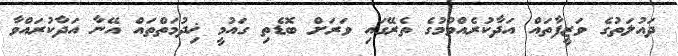
ދައުލަތުގެ ވަޒީފާތައް އަދާކުރެއްވުމުގެ ތެރޭގައި ވަރަށް ބޮޑެތި ގައުމީ ޚިދުމަތްތައް އޭނާ އަދާކުރައްވާ